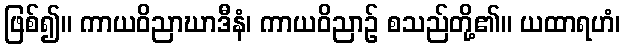
ဖြစ်၍။ ကာယဝိညာဃာဒီနံ၊ ကာယဝိညာဉ် စသည်တို့၏။ ယထာရဟံ၊